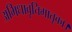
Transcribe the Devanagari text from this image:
अभिधावृत्तिमातृका।